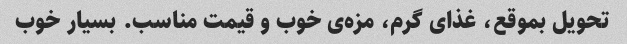
تحویل بموقع، غذای گرم، مزه‌ی خوب و قیمت مناسب. بسیار خوب